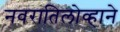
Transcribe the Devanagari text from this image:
नवरातिलोव्हाने